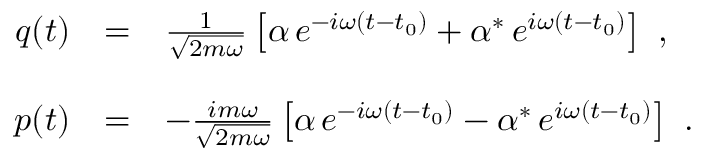
\begin{array} { r c l } { { q ( t ) } } & { { = } } & { { \frac { 1 } { \sqrt { 2 m \omega } } \left[ \alpha \, e ^ { - i \omega ( t - t _ { 0 } ) } + \alpha ^ { * } \, e ^ { i \omega ( t - t _ { 0 } ) } \right] \ , } } \\ { { } } & { { } } & { { } } \\ { { p ( t ) } } & { { = } } & { { - \frac { i m \omega } { \sqrt { 2 m \omega } } \left[ \alpha \, e ^ { - i \omega ( t - t _ { 0 } ) } - \alpha ^ { * } \, e ^ { i \omega ( t - t _ { 0 } ) } \right] \ . } } \end{array}